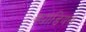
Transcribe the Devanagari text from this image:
क्याडियस